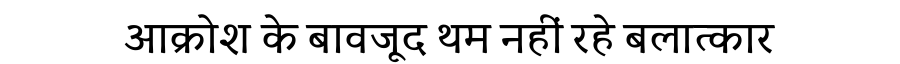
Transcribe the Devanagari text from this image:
आक्रोश के बावजूद थम नहीं रहे बलात्कार